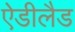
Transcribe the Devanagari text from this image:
ऐडीलैड